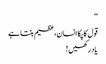
‘‘
قول کا پکا انسان،عظیم بنتا ہے
یاد رکھیں !